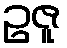
ဥဇူ